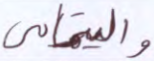
واليتامى